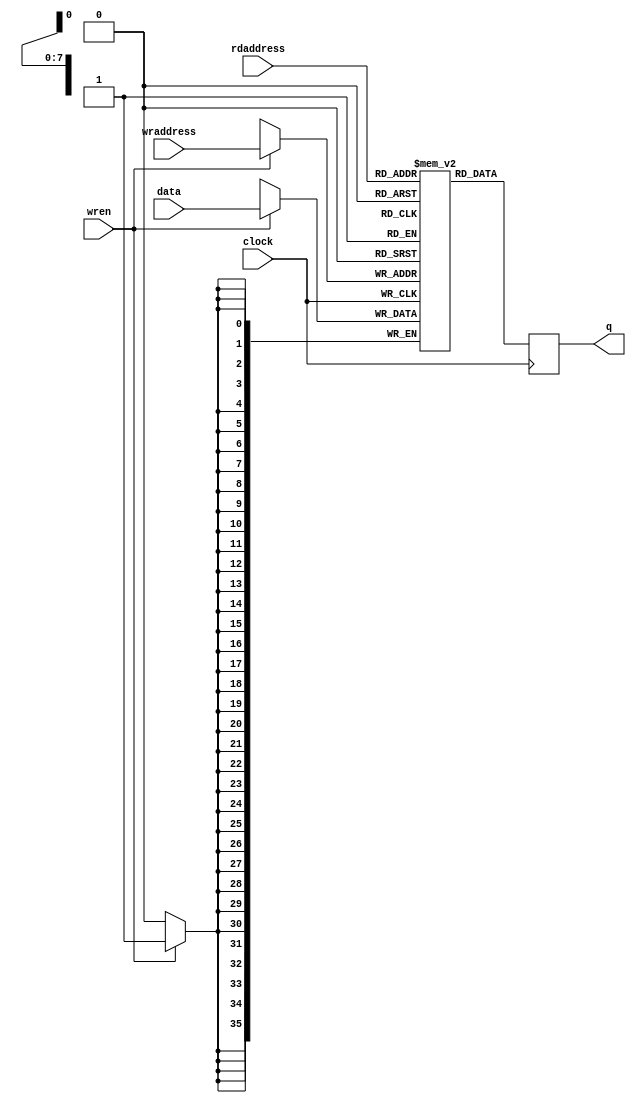
// (C) 2001-2015 Altera Corporation. All rights reserved.
// Your use of Altera Corporation's design tools, logic functions and other 
// software and tools, and its AMPP partner logic functions, and any output 
// files any of the foregoing (including device programming or simulation 
// files), and any associated documentation or information are expressly subject 
// to the terms and conditions of the Altera Program License Subscription 
// Agreement, Altera MegaCore Function License Agreement, or other applicable 
// license agreement, including, without limitation, that your use is for the 
// sole purpose of programming logic devices manufactured by Altera and sold by 
// Altera or its authorized distributors.  Please refer to the applicable 
// agreement for further details.


`timescale 1 ps / 1 ps

module rw_manager_ram

(

 data,
 rdaddress, 
 wraddress,
 wren, clock,
 q

);

parameter DATA_WIDTH=36;
parameter ADDR_WIDTH=8;

input [(DATA_WIDTH-1):0] data;
input [(ADDR_WIDTH-1):0] rdaddress, wraddress;
input wren, clock;
output reg [(DATA_WIDTH-1):0] q;


	reg [DATA_WIDTH-1:0] ram[2**ADDR_WIDTH-1:0];


	always @ (posedge clock)

	begin

		if (wren)

		ram[wraddress] <= data[DATA_WIDTH-1:0];

		q <= ram[rdaddress];

	end



endmodule